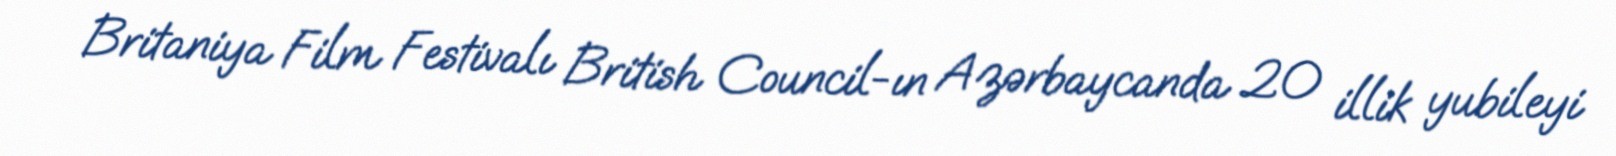
Britaniya Film Festivalı British Council-ın Azərbaycanda 20 illik yubileyi